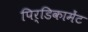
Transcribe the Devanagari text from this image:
पिर्डिकामेंट